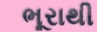
ભૂરાથી